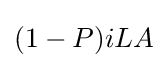
(1-P)iLA